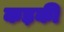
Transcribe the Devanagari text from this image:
कड़की